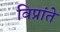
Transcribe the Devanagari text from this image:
विप्रांते